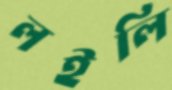
লইলি